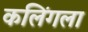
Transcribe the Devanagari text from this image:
कलिंगला